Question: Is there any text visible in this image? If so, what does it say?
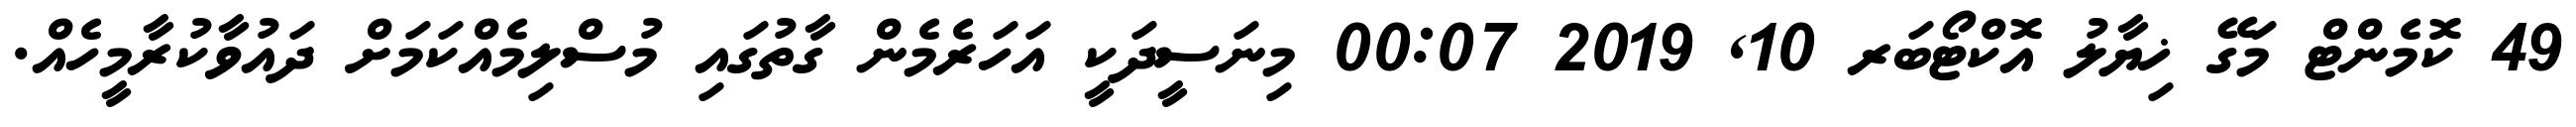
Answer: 49 ކޮމެންޓް މަގޭ ޚިޔާލު އޮކްޓޯބަރ 10, 2019 00:07 މިނަސީދަކީ އަހަރެމެން ގާތުގައި މުސްލިމެއްކަމަށް ދައުވާކުރާމީހެއް.